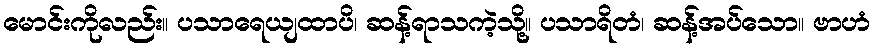
မောင်းကိုလည်း။ ပသာရေယျထာပိ၊ ဆန့်ရာသကဲ့သို့။ ပသာရိတံ၊ ဆန့်အပ်သော။ ဗာဟံ